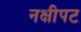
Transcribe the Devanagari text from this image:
नक्षीपट